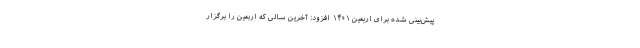
پیش‌بینی شده برای اربعین ۱۴۰۱ افزود: آخرین سالی که اربعین را برگزار